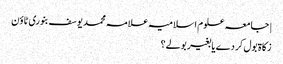
| جامعہ علوم اسلامیہ علامہ محمد یوسف بنوری ٹاؤن
زکاۃ بول کر دے یا بغیر بولے؟